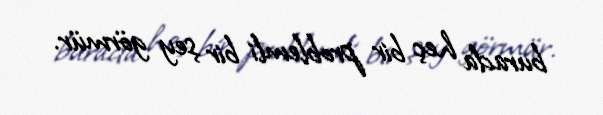
burada heç bir problemli bir şey görmür.